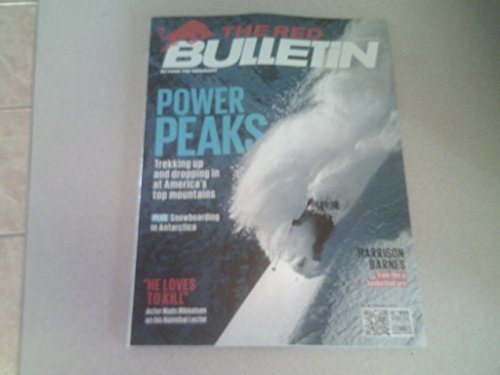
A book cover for America's Top Skiing Mountains * Snowboarding in Antarctica * Harrison Barnes * Mads Mikkelsen (Hannibal) * Stephane Peterhansel * January, 2015 The Red Bulletin Magazine; Sports & Outdoors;